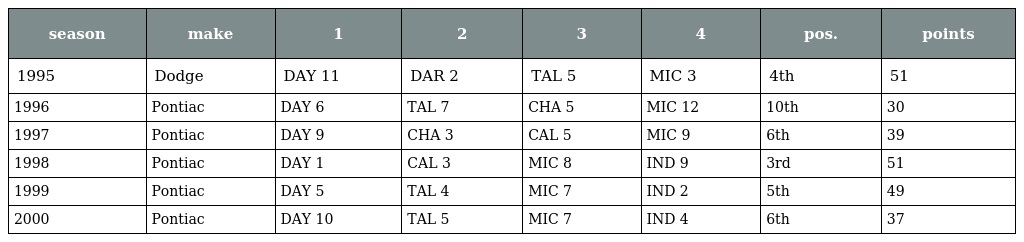
| season | make | 1 | 2 | 3 | 4 | pos. | points |
 | --- | --- | --- | --- | --- | --- | --- | --- |
 | 1995 | Dodge | DAY 11 | DAR 2 | TAL 5 | MIC 3 | 4th | 51 |
 | 1996 | Pontiac | DAY 6 | TAL 7 | CHA 5 | MIC 12 | 10th | 30 |
 | 1997 | Pontiac | DAY 9 | CHA 3 | CAL 5 | MIC 9 | 6th | 39 |
 | 1998 | Pontiac | DAY 1 | CAL 3 | MIC 8 | IND 9 | 3rd | 51 |
 | 1999 | Pontiac | DAY 5 | TAL 4 | MIC 7 | IND 2 | 5th | 49 |
 | 2000 | Pontiac | DAY 10 | TAL 5 | MIC 7 | IND 4 | 6th | 37 |